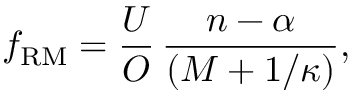
f _ { \mathrm { R M } } = \frac { U } { O } \, \frac { n - \alpha } { ( M + 1 / \kappa ) } ,